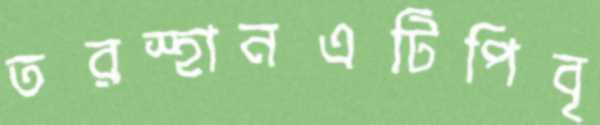
তরস্হানএটিপিবৃ